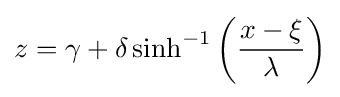
z=\gamma +\delta \sinh ^{-1}\left({\frac {x-\xi }{\lambda }}\right)